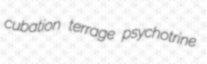
cubation terrage psychotrine